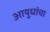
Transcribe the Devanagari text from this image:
आयुधांचा